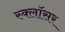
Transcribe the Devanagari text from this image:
स्क्लॉसर